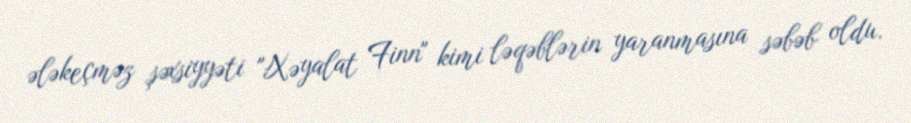
ələkeçməz şəxsiyyəti "Xəyalat Finn" kimi ləqəblərin yaranmasına səbəb oldu.